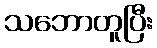
သဘောတူပြီး